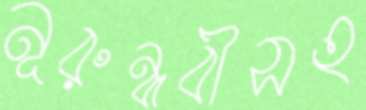
নূরুন্নবীসহ